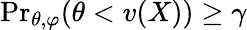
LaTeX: {\operatorname*{Pr}}_{\theta,\varphi}(\theta<v(X))\geq\gamma